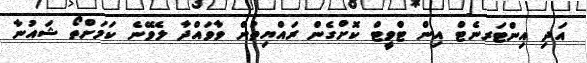
އަދި އިންޓަރނެޓް އިން ޓްވީޓް ކޮށްގެން ރައްޔިތުން ވާވައްދާ ލެވޭނެ ކަމަށްތޯ ޝައުނާ